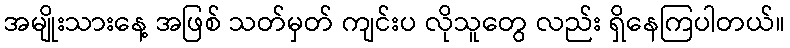
အမျိုးသားနေ့ အဖြစ် သတ်မှတ် ကျင်းပ လိုသူတွေ လည်း ရှိနေကြပါတယ်။